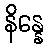
နိန္နေ